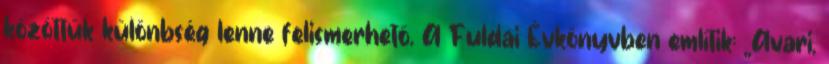
közöttük különbség lenne felismerhető. A Fuldai Évkönyvben említik: „Avari,